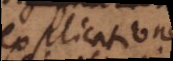
explicatione.